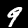
Label: 9